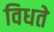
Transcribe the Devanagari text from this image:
विधते